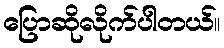
ပြောဆိုလိုက်ပါတယ်။